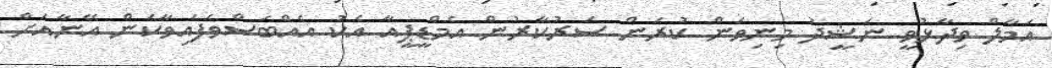
އަމާލް ވިދާޅުވީ ނަޝީދު މިނިވަން ކުރަން ސަރުކާރުން އެމްޑީޕީއާ އެކު އެއްބަސްވެފައިވާކަން އޭނާއަށް